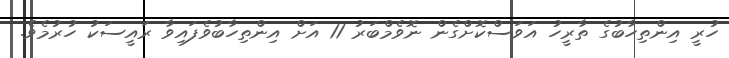
ހުރީ އިންތިހާބުގެ ތާރީހު އަވަސްކޮށްގެން ނޮވެމްބަރު 11 އަށް އިންތިހާބުވެފައިވާ ރައީސަކު ހުރުމެވެ.